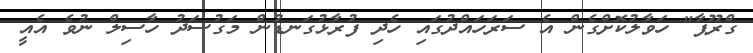
ގްރޫޕާ" ހަވާލުކޮށްގެން އެ ސަރަހައްދުގައި ހެދި ފުރާޅުގަނޑުން މަގުސަދު ހާސިލް ނުވެ އެއީ